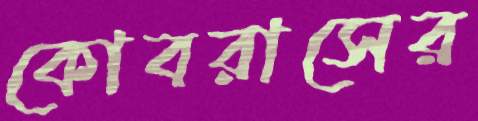
কোবরাসের